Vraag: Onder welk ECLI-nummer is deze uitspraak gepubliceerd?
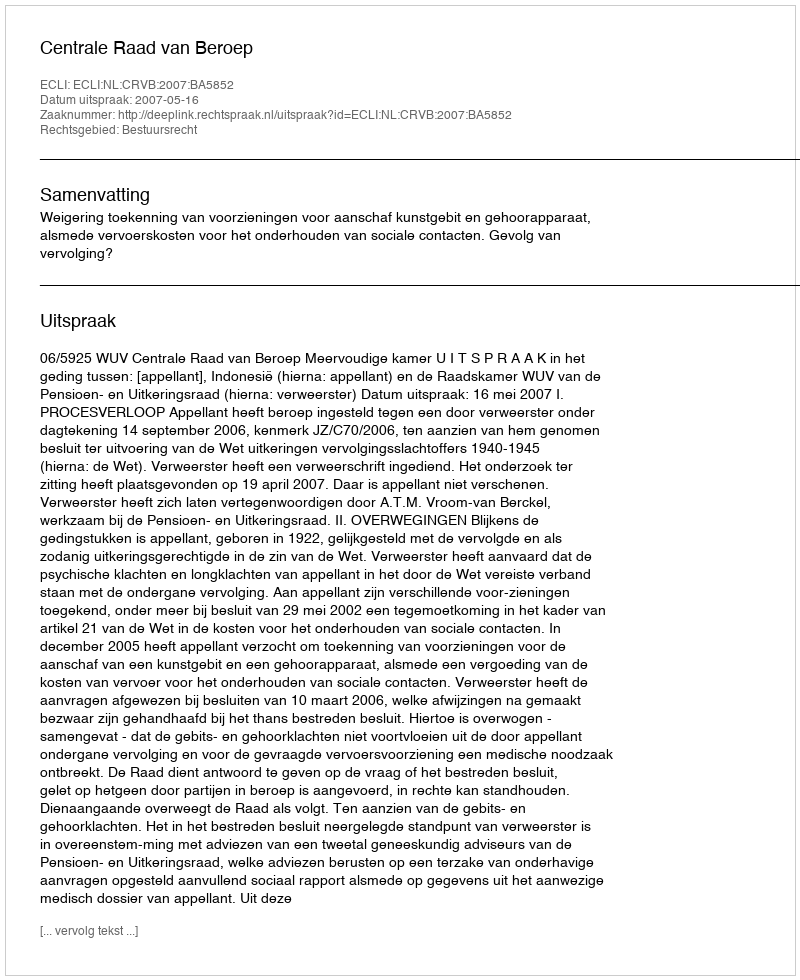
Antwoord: ECLI:NL:CRVB:2007:BA5852